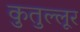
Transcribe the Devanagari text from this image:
कुतुल्लूर